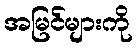
အမြင်များကို